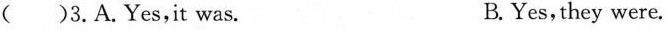
( )3.A.Yes,it was. B.Yes,they were.